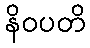
နိဝပတိ